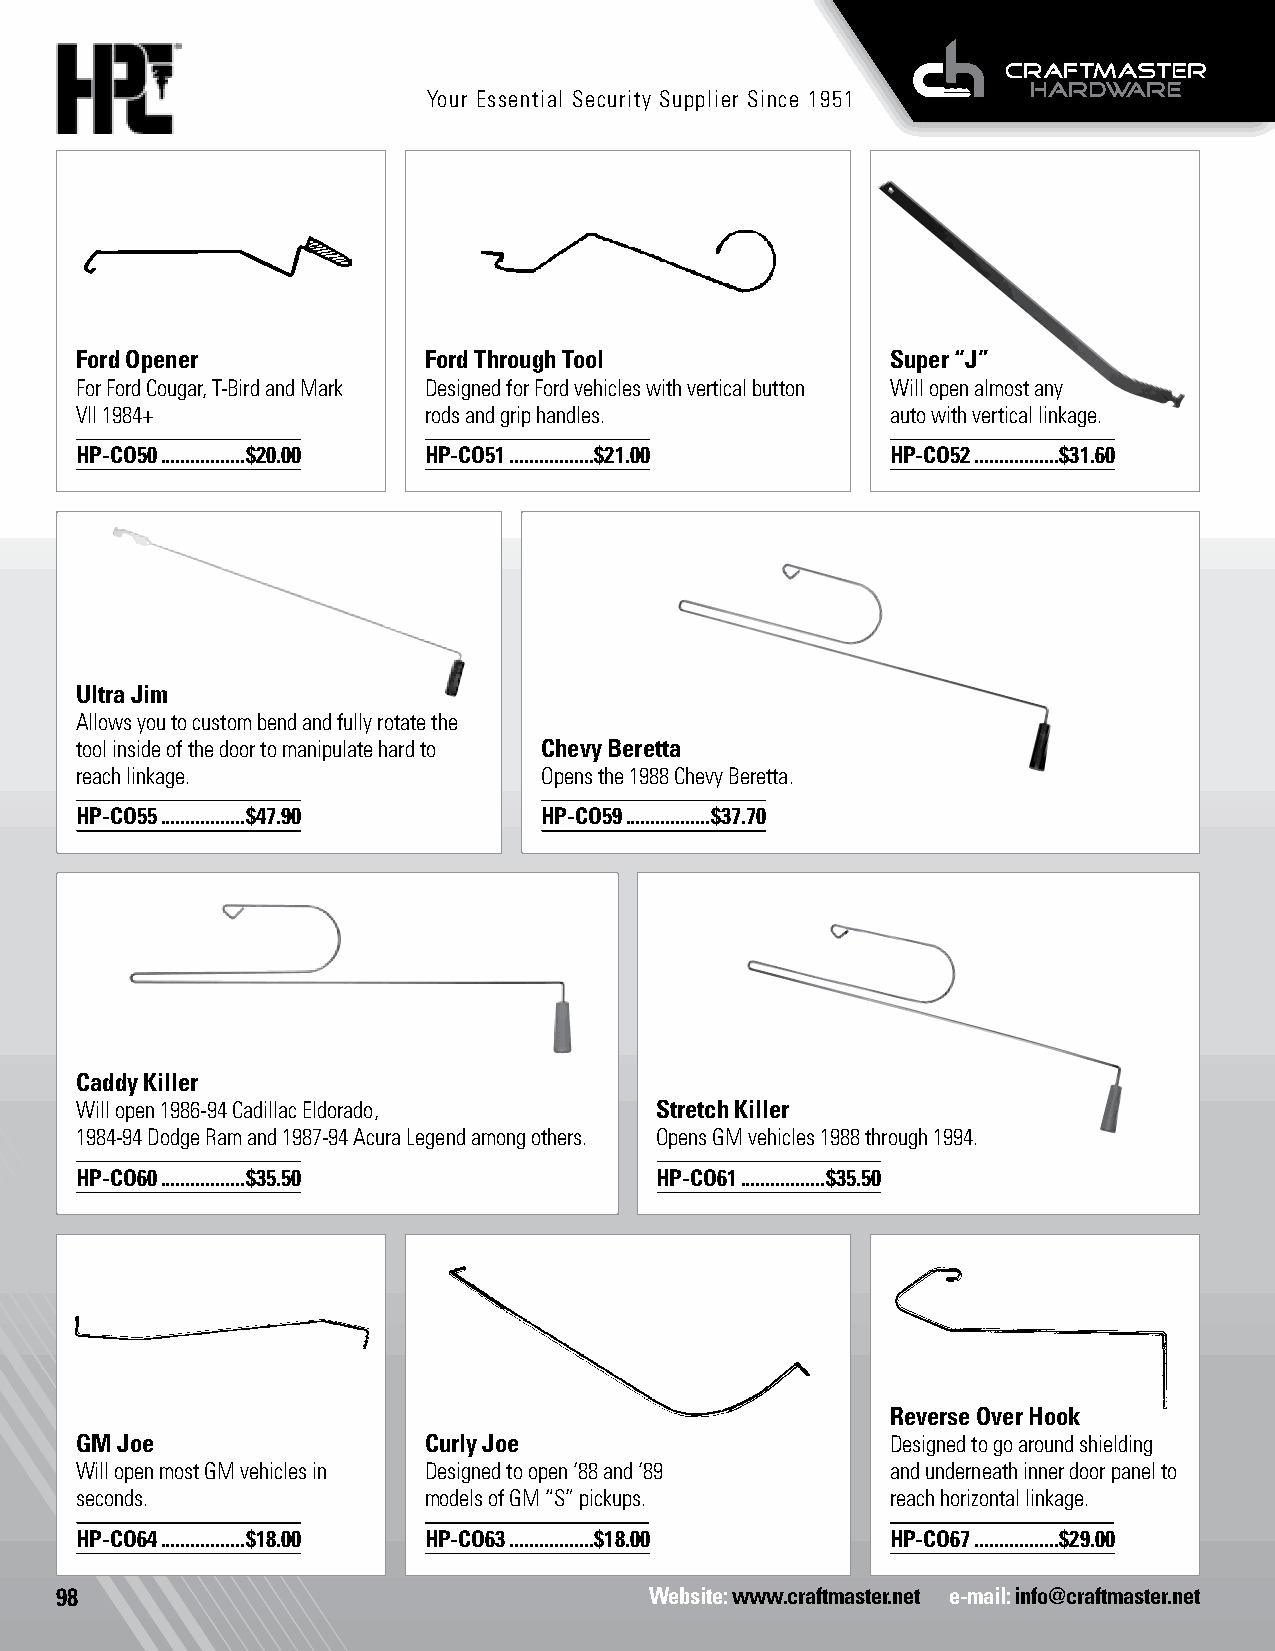
Your Essential Security Supplier Since 1951
 Opening Tools
 Ford Opener Opening Tools Ford Through Tool           Super “J”
 For Ford Cougar, T-Bird and Mark Designed for Ford vehicles with vertical button Will open almost any
 VII 1984+              rods and grip handles.         auto with vertical linkage.
 HP-CO50 .................$20.00 HP-CO51 .................$21.00 HP-CO52 .................$31.60
 Ultra Jim Opening Tools
 Allows you to custom bend and fully rotate the
 tool inside of the door to manipulate hard to Chevy Beretta Opening Tools
 reach linkage.                 Opens the 1988 Chevy Beretta.
 HP-CO55 .................$47.90 HP-CO59 .................$37.70
 Caddy Killer Opening Tools
 Will open 1986-94 Cadillac Eldorado,  Stretch Killer Opening Tools
 1984-94 Dodge Ram and 1987-94 Acura Legend among others. Opens GM vehicles 1988 through 1994.
 HP-CO60 .................$35.50       HP-CO61 .................$35.50
 Opening Tools
 Reverse Over Hook
 GM Joe Opening Tools   Curly Joe Opening Tools        Designed to go around shielding
 Will open most GM vehicles in Designed to open ‘88 and ‘89 and underneath inner door panel to
 seconds.               models of GM “S” pickups.      reach horizontal linkage.
 HP-CO64 .................$18.00 HP-CO63 .................$18.00 HP-CO67 .................$29.00
 98                                     Website: www.craftmaster.net e-mail: info@craftmaster.net